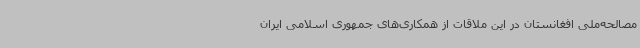
مصالحه‌ملی افغانستان در این ملاقات از همکاری‌های جمهوری اسلامی ایران